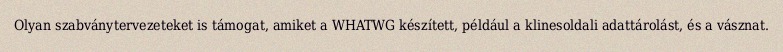
Olyan szabványtervezeteket is támogat, amiket a WHATWG készített, például a klinesoldali adattárolást, és a vásznat.